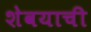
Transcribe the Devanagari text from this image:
शेवयाची